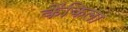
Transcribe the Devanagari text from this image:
कैंकिला